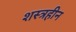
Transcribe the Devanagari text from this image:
शस्त्रहीन